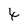
Character: 4